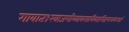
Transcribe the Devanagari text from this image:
गावात१खाजगीव्यावसायिकप्रशिक्षणशाळाआहे